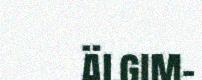
älgim-